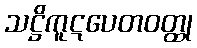
သဋ္ဌိကူဋပေတဝတ္ထု